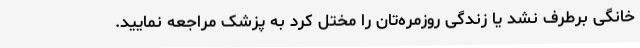
خانگی برطرف نشد یا زندگی روزمره‌تان را مختل کرد به پزشک مراجعه نمایید.